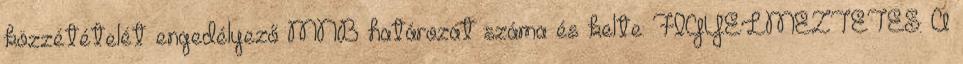
közzétételét engedélyező MNB határozat száma és kelte: FIGYELMEZTETÉS: A